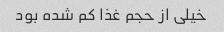
خیلی از حجم غذا کم شده بود